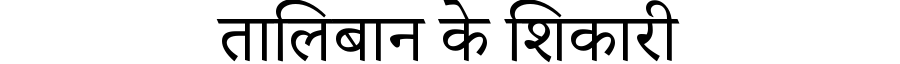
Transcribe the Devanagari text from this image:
तालिबान के शिकारी